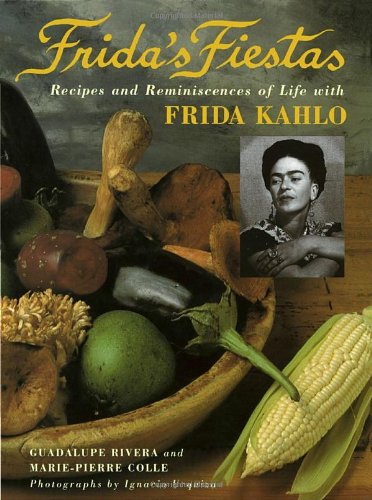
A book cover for Frida's Fiestas: Recipes and Reminiscences of Life with Frida Kahlo; Marie-Pierre Colle; Cookbooks, Food & Wine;